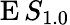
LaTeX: \operatorname{E}S_{1.0}